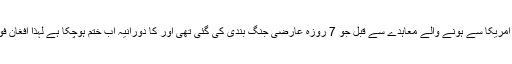
فرانسیسی خبر رساں ایجنسی کے مطابق افغان طالبان کا کہنا ہے کہ امریکا سے ہونے والے معاہدے سے قبل جو 7 روزہ عارضی جنگ بندی کی گئی تھی اور کا دورانیہ اب ختم ہوچکا ہے لہٰذا افغان فورسز کیخلاف اپنی معمول کی کارروائیاں دوبارہ شروع کررہے ہیں۔